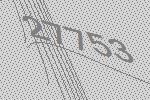
27753